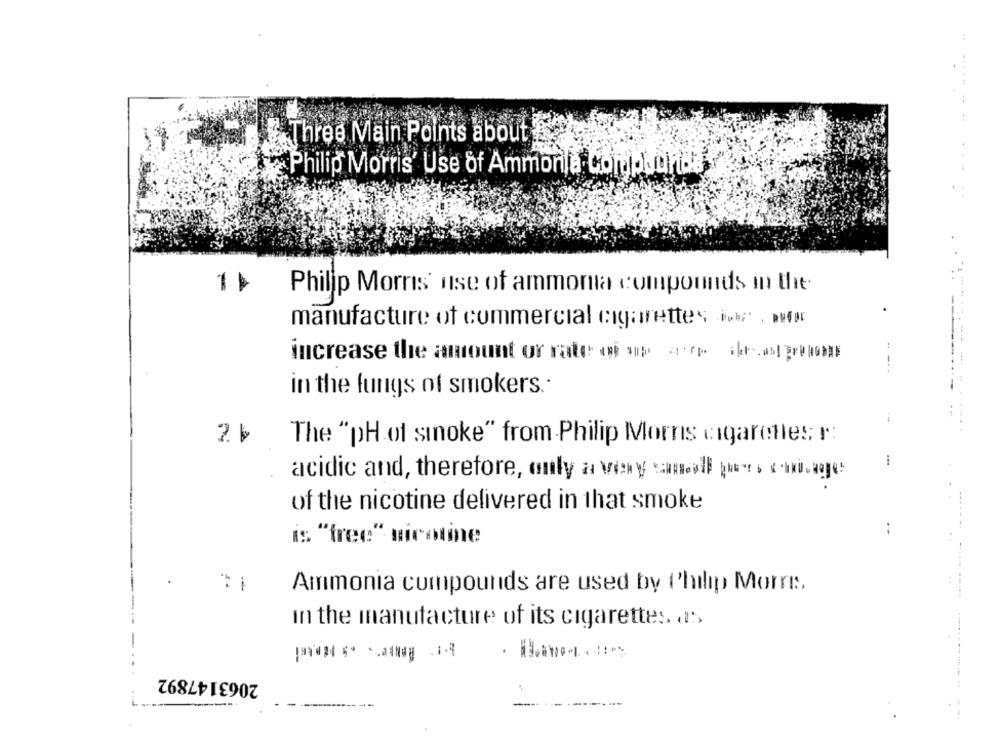
Three Main Points about
Philip Morris' Use of Ammonta Corpsonide
1k
Philip Morris' use of ammoma compounds in the
manufacture of commercial cigarettes do . fr
----- --
increase the amount or rate of spe ere den el pulom
in the fungs of smokers .-
--
The "pH of smoke" from.Philip Morris cigarettes r:
acidic and, therefore, only a very small pues hagge
of the nicotine delivered in that smoke
is "free" nicotine
-
Ammonia compounds are used by Philip Morre :.
in the manufacture of its cigarettes as
2063147892
-----
--